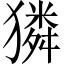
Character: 獜